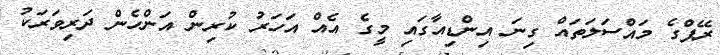
ރޭޕްގެ މައްސަލަތައް ގިނަ އިންޑިއާގައި މީގެ އެއް އަހަރު ކުރިން އަންހެން ދަރިވަރަކު